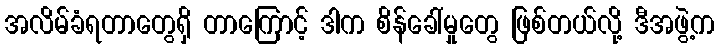
အလိမ်ခံရတာတွေရှိ တာကြောင့် ဒါက စိန်ခေါ်မှုတွေ ဖြစ်တယ်လို့ ဒီအဖွဲ့က